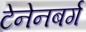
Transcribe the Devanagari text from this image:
टेनेनबर्ग